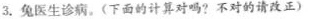
3.兔医生诊病。(下面的计算对吗?不对的请改正)